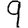
Digit: 9